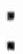
: